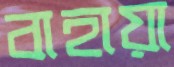
বাহায়া